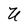
Character: U